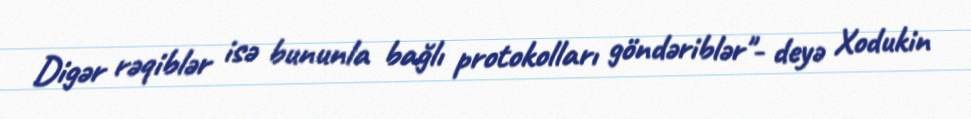
Digər rəqiblər isə bununla bağlı protokolları göndəriblər"- deyə Xodukin